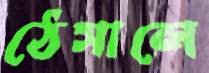
ঠেসালে